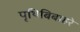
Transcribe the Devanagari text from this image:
पृथिबिबाहरे